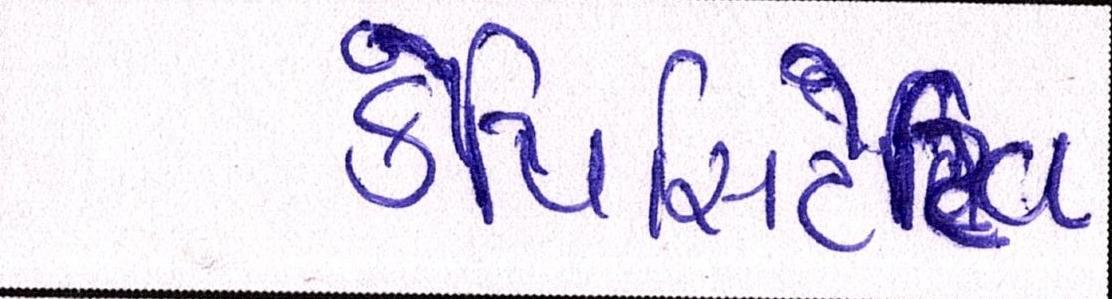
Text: કેપિસિટેટિવ